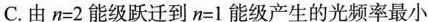
C.由$$n = 2$$能级跃迁到$$n = 1$$能级产生的光频率最小